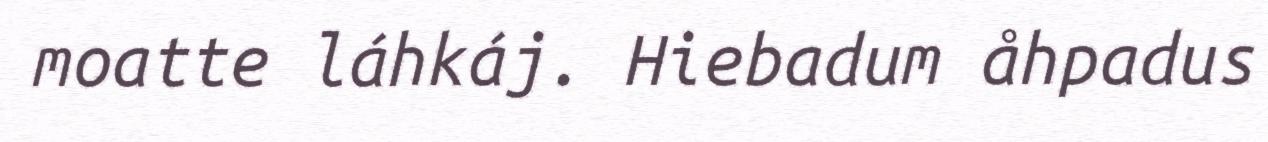
moatte láhkáj. Hiebadum åhpadus